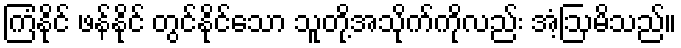
ကြံနိုင် ဖန်နိုင် တွင်နိုင်သော သူတို့အသိုက်ကိုလည်း အံ့ဩမိသည်။